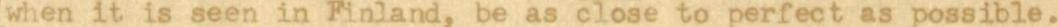
when it is seen in Finland, be as close to perfect as possible.